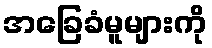
အခြေခံမူများကို